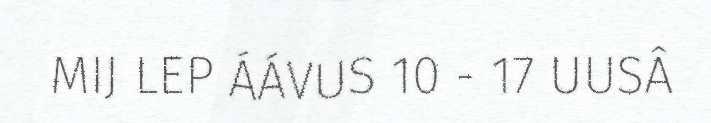
MIJ LEP ÁÁVUS 10 - 17 UUSÂ